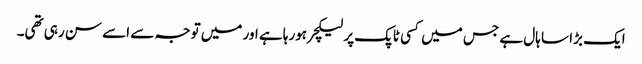
ایک بڑا سا ہال ہے جس میں‌ کسی ٹاپک پر لیکچر ہورہا ہے اور میں‌ توجہ سے اسے سن رہی تھی۔